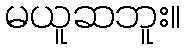
မယူဆဘူး။